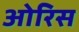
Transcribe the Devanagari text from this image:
ओरिस